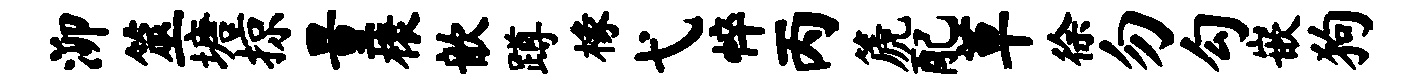
泖筮塘掠量榱歆蹲椽弋悴丙篪配草徐勿勾嵌狗